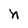
Character: n